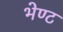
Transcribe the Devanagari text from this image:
भेण्ट